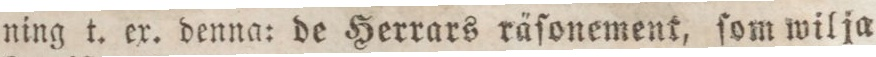
ning t. ex. denna: de Herrars räſonement, ſom wil ja